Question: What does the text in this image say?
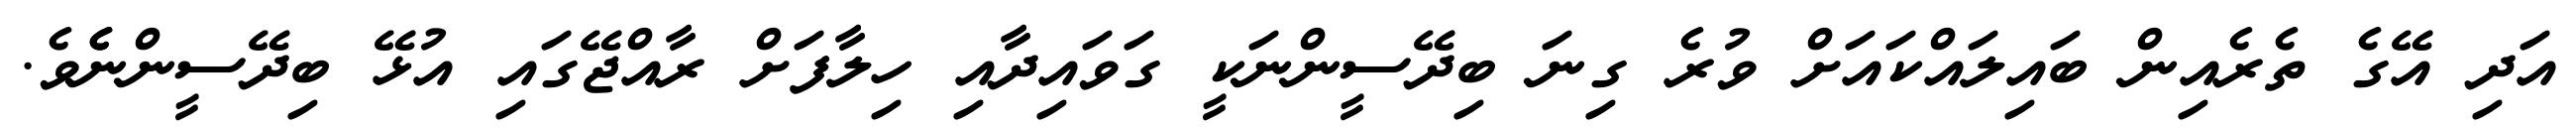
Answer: އަދި އޭގެ ތެރެއިން ބައިލައްކައަށް ވުރެ ގިނަ ބިދޭސީންނަކީ ގަވައިދާއި ހިލާފަށް ރާއްޖޭގައި އުޅޭ ބިދޭސީންނެެވެ.